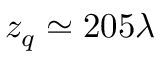
z _ { q } \simeq 2 0 5 \lambda